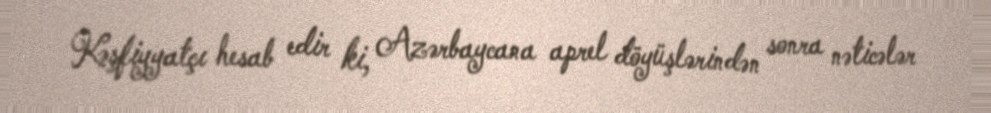
Kəşfiyyatçı hesab edir ki, Azərbaycana aprel döyüşlərindən sonra nəticələr